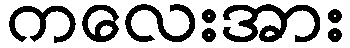
ကလေးအား